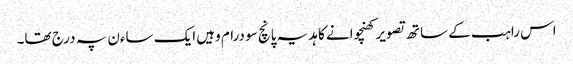
اس راہب کے ساتھ تصویر کھنچوانے کا ہدیہ پانچ سو درام وہیں ایک ساءن پہ درج تھا۔